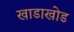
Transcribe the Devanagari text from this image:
खाडाखोड